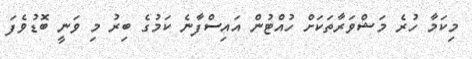
މިކަމާ ހުރެ މަޝްވަރާތަކަށް ހުއްޓުން އައިސްފާނެ ކަމުގެ ބިރު މި ވަނީ ބޮޑުވެފަ